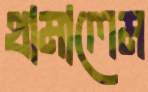
থামালেম